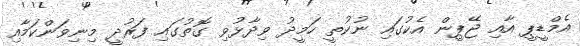
އެމްޑީޕީ އާއި ޖޭޕީން އެކުގައި ނުކުތީ ހަމީދު ވިދާޅުވި ގޮތުގައި ފަރުދީ މިނިވަންކަމާއި